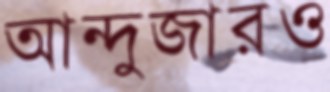
আন্দুজারও